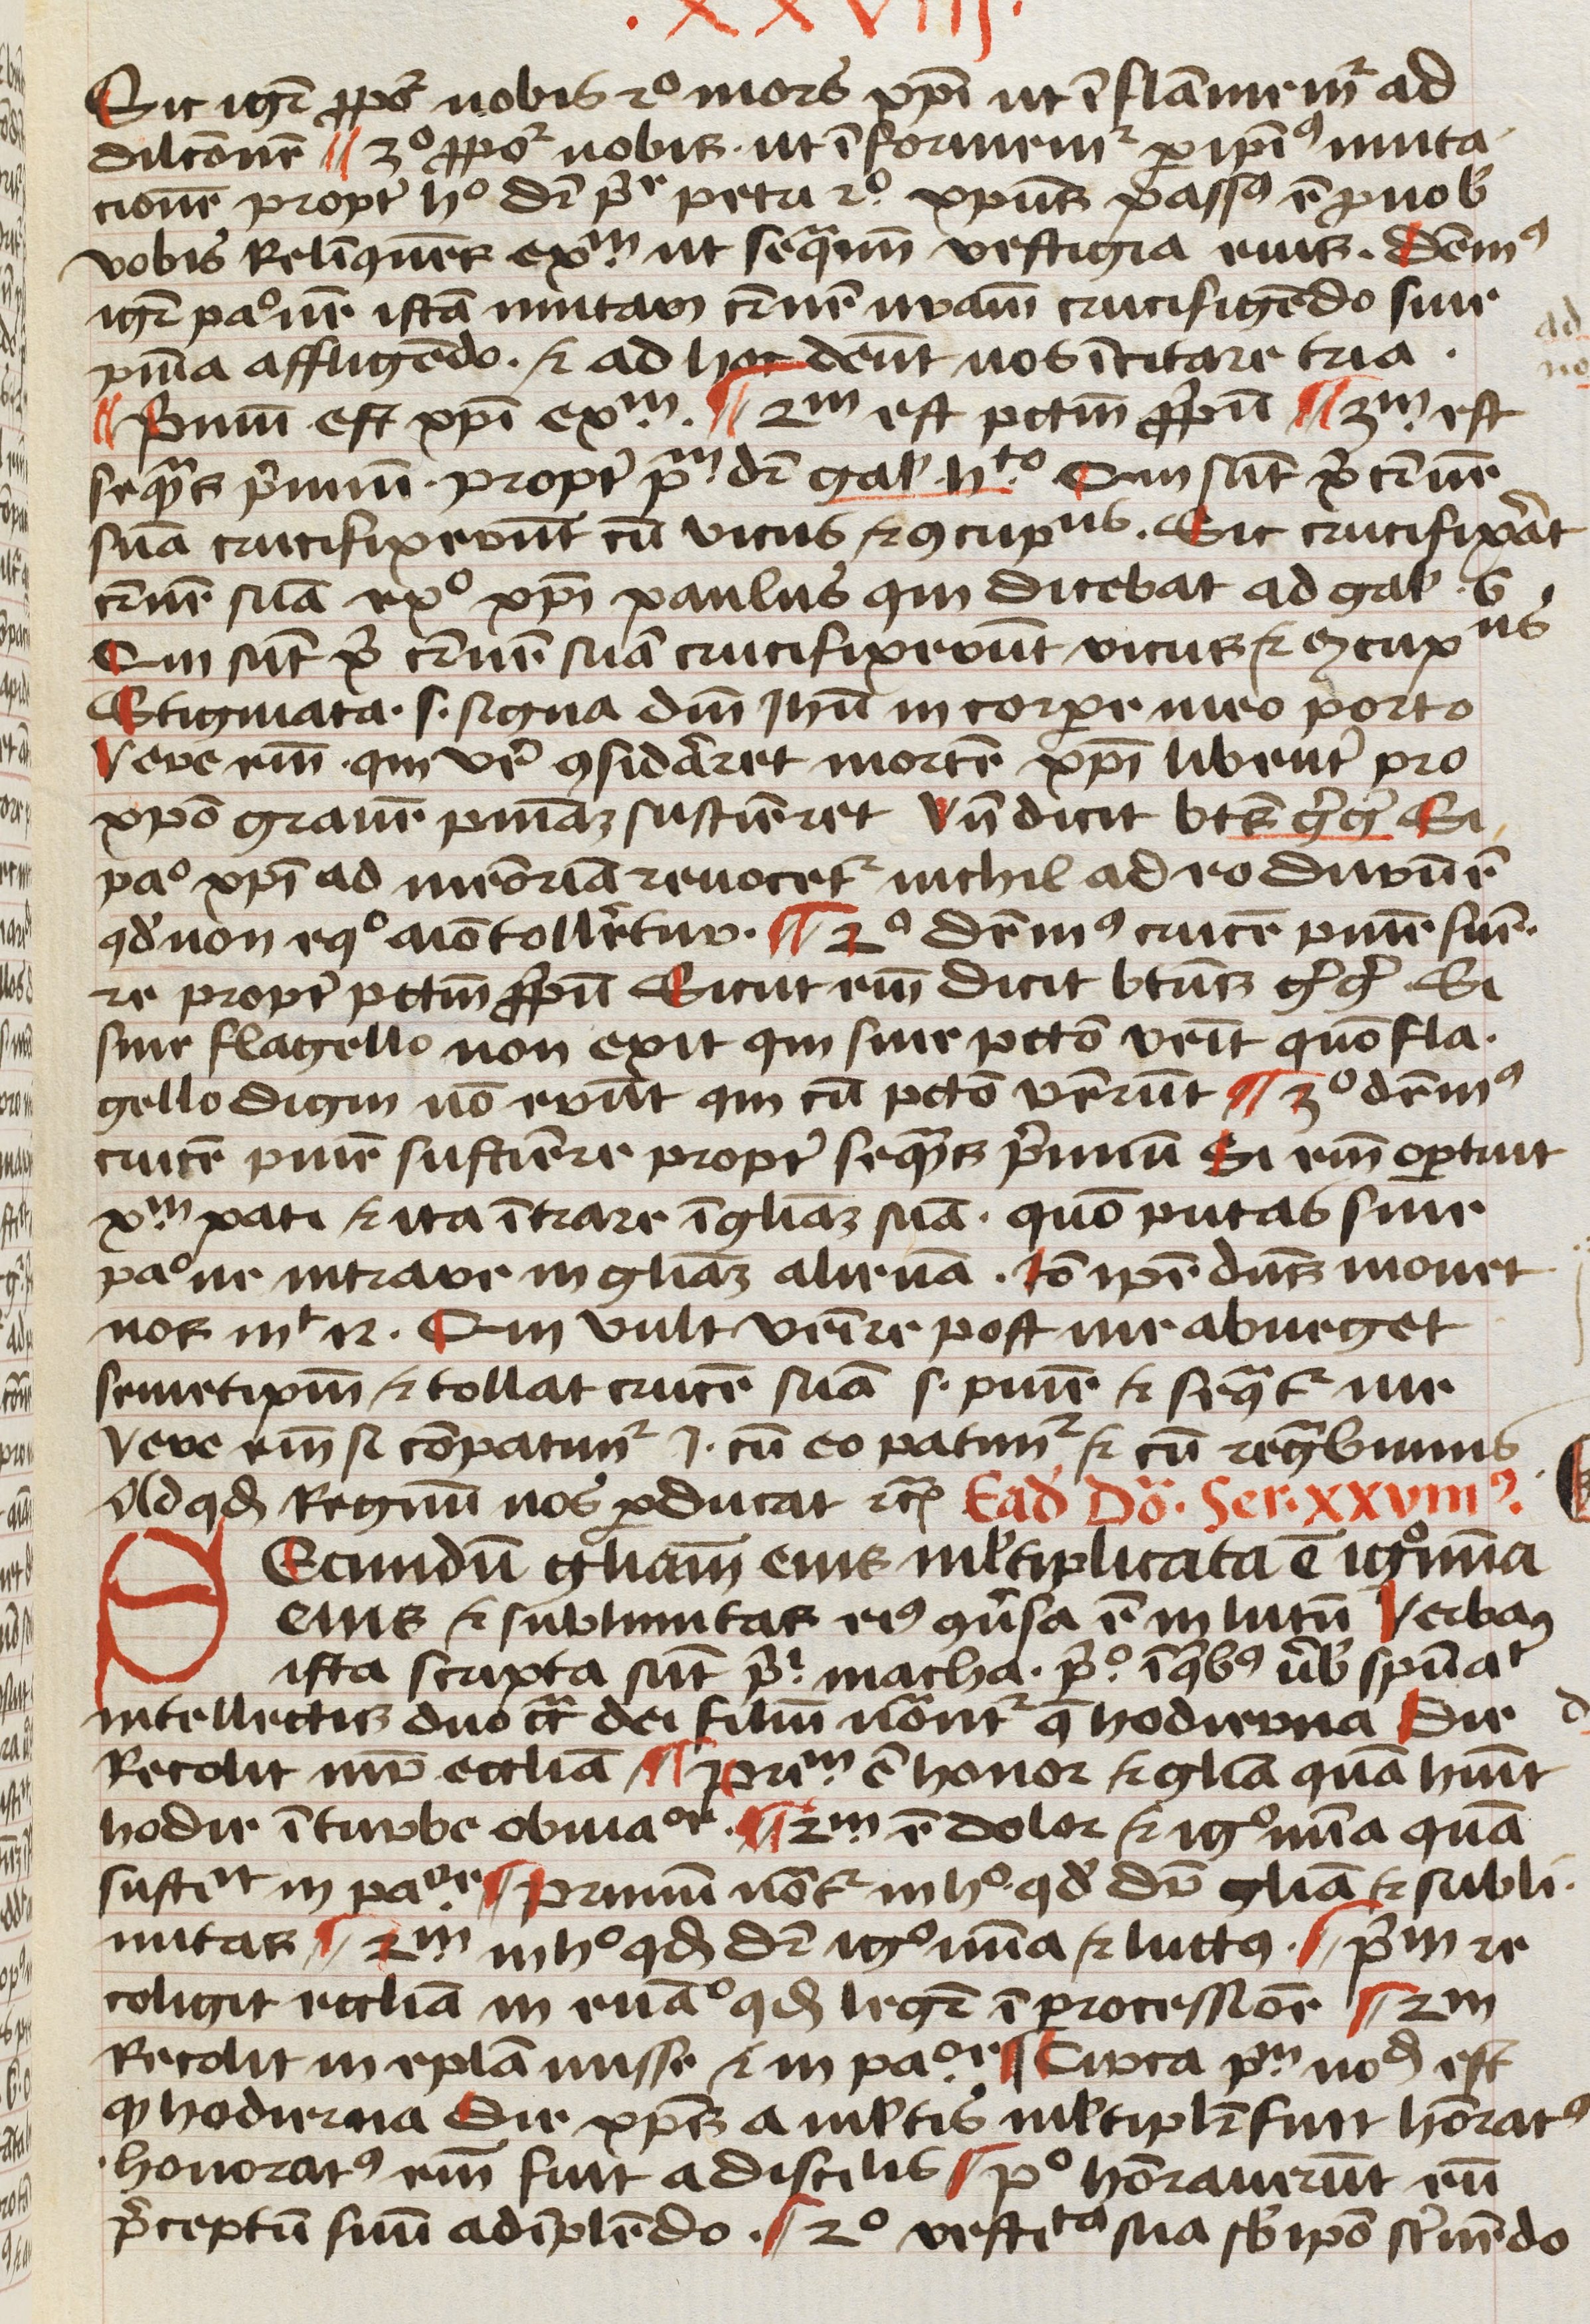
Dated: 1450–1499